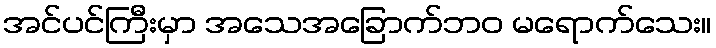
အင်ပင်ကြီးမှာ အသေအခြောက်ဘဝ မရောက်သေး။